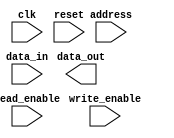
module MemoryBlocksHBM (
    input wire [ADDRESS_WIDTH-1:0] address,
    input wire clk,
    input wire reset,
    input wire read_enable,
    input wire write_enable,
    input wire [DATA_WIDTH-1:0] data_in,
    output reg [DATA_WIDTH-1:0] data_out
);

parameter ADDRESS_WIDTH = 12; // Specify the address width
parameter DATA_WIDTH = 32; // Specify the data width

// Define memory blocks and memory controller components here

// Address decoding logic
// Read/write control signals
// Data input/output ports
// Clocking signals
// Banks and rows organization
// Error correction coding (ECC) implementation
// Scheduling algorithm for memory controller

// Memory blocks design implementation

endmodule